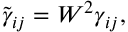
\tilde { \gamma } _ { i j } = W ^ { 2 } \gamma _ { i j } ,